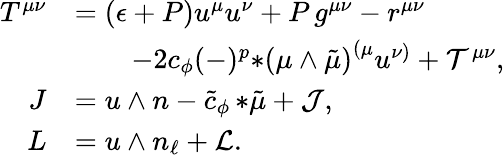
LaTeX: \begin{array}{rl}{T^{\mu\nu}}&{=(\epsilon+P)u^{\mu}u^{\nu}+P\, g^{\mu\nu}-r^{\mu\nu}}\\ &{\qquad-2c_{\phi}(-)^{p}{*(\mu\wedge\tilde{\mu})}^{(\mu}u^{\nu)}+{\cal T}^{\mu\nu},}\\ {J}&{=u\wedge n-\tilde{c}_{\phi}\, {*\tilde{\mu}}+{\cal J},}\\ {L}&{=u\wedge n_{\ell}+{\cal L}.}\end{array}